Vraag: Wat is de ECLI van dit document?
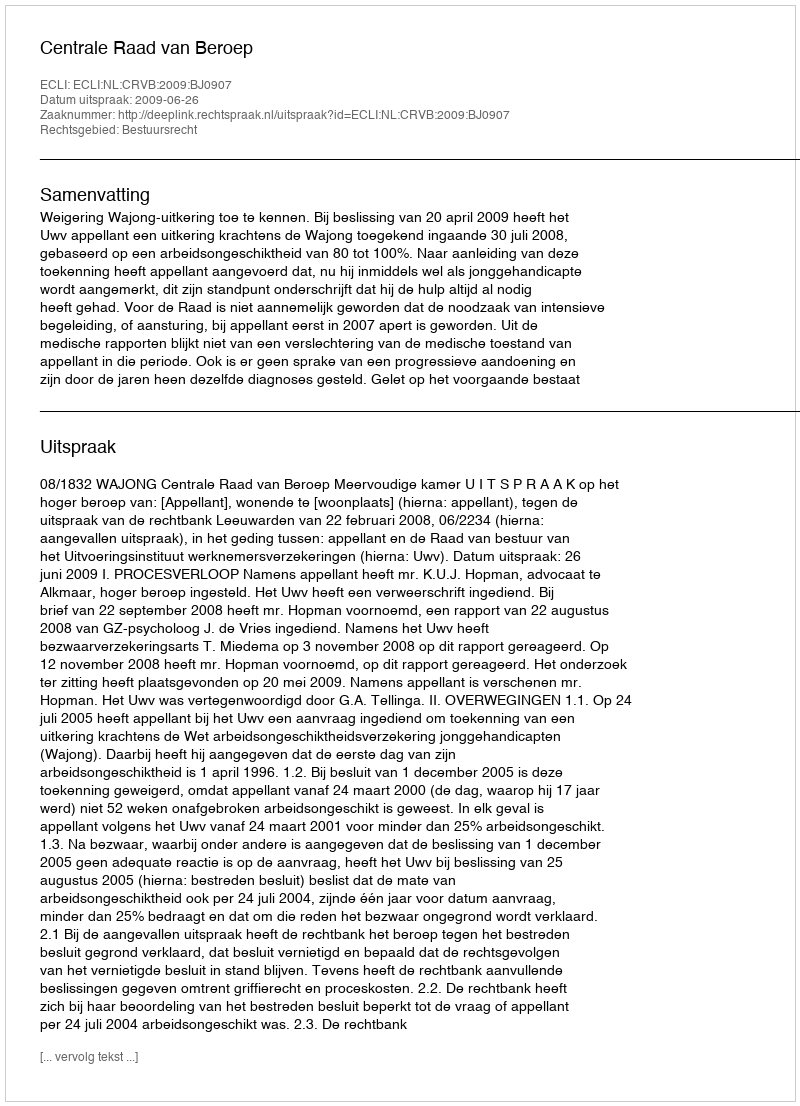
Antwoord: ECLI:NL:CRVB:2009:BJ0907